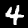
Digit: 4